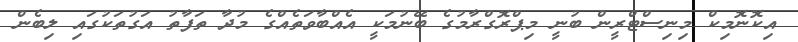
އިކޮނޮމިކް މިނިސްޓްރީން ބުނީ މިޕްރޮގްރާމުގެ ބޭނުމަކީ އެއްބާވަތެއްގެ މުދާ ތަފާތު އަގުތަކުގައި ލިބެން